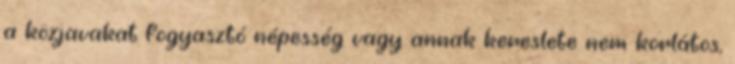
a közjavakat fogyasztó népesség vagy annak kereslete nem korlátos,